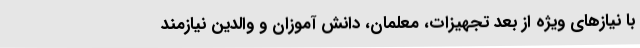
با نیازهای ویژه از بعد تجهیزات، معلمان، دانش آموزان و والدین نیازمند